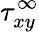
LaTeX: \tau_{xy}^{\infty}